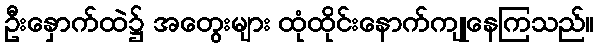
ဦးနှောက်ထဲ၌ အတွေးများ ထုံထိုင်းနောက်ကျုနေကြသည်။